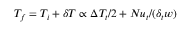
T _ { f } = T _ { i } + \delta T \propto \Delta T _ { t } / 2 + N u _ { t } / ( \delta _ { t } w )